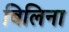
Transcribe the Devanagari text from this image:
बिलिना